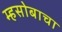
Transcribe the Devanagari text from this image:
म्हसोबाचा